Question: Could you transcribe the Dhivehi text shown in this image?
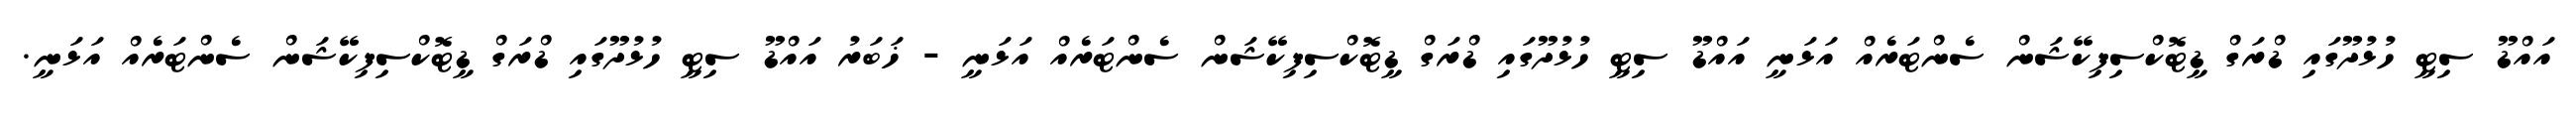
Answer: އައްޑޫ ސިޓީ ހުޅުދޫގައި ޑްރަގް ޑީޓޮކްސިފިކޭޝަން ސެންޓަރެއް އަޅަނީ އައްޑޫ ސިޓީ ހުޅުދޫގައި ޑްރަގް ޑީޓޮކްސިފިކޭޝަން ސެންޓަރެއް އަޅަނީ - ޚަބަރު އައްޑޫ ސިޓީ ހުޅުދޫގައި ޑްރަގް ޑީޓޮކްސިފިކޭޝަން ސެންޓަރެއް އަޅަނީ.